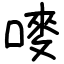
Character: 嘜